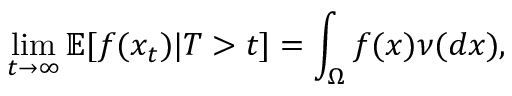
\operatorname* { l i m } _ { t \rightarrow \infty } \mathbb { E } [ f ( x _ { t } ) | T > t ] = \int _ { \Omega } f ( x ) \nu ( d x ) ,